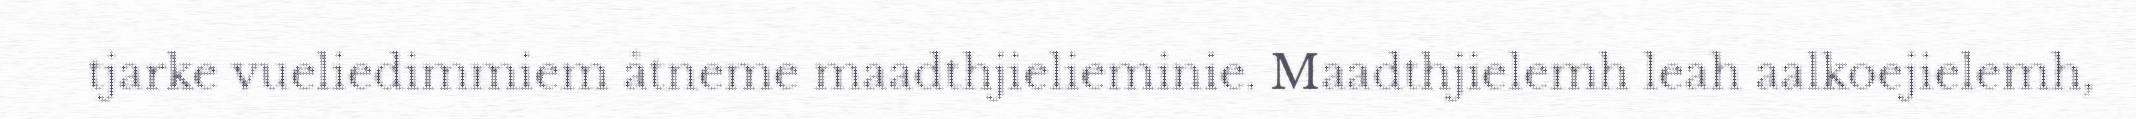
tjarke vueliedimmiem åtneme maadthjielieminie. Maadthjielemh leah aalkoejielemh,